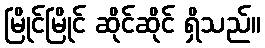
မြိုင်မြိုင် ဆိုင်ဆိုင် ရှိသည်။